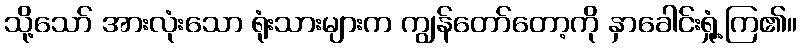
သို့သော် အားလုံးသော ရုံးသားများက ကျွန်တော်တော့ကို နှာခေါင်းရှုံ့ကြ၏။